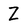
Character: Z